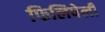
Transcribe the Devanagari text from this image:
फिलिपेली